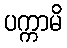
ပက္ကာမိ